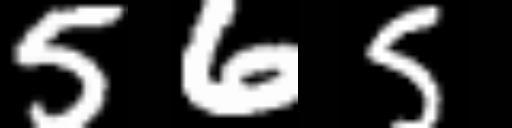
Text: 565